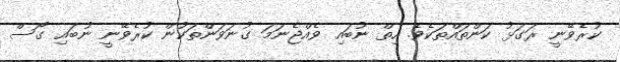
ކުރެވޭނީ ރަގަޅު ކަންތައްތަކެވެ. ހިތް ނުބައި ވެއްޖެނަމަ ގުނަވަންތަކުން ކުރެވޭނީ ނުބައި ގޯސް